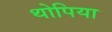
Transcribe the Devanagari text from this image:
थोपिया